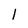
Character: I